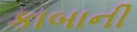
કાબાની